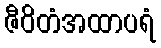
ဇီဝိတံအထာပရံ